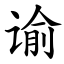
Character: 谕